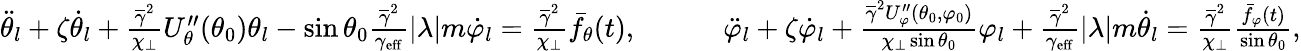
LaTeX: \begin{array}{r}{\ddot{\theta}_{l}+\zeta\dot{\theta}_{l}+\frac{\overline{{\gamma}}^{2}}{\chi_{\perp}}U_{\theta}^{\prime\prime}(\theta_{0})\theta_{l}-\sin\theta_{0}\frac{\overline{\gamma}^{2}}{\gamma_{\mathrm{eff}}}|{\lambda}|m\dot{\varphi}_{l}=\frac{\overline{\gamma}^{2}}{\chi_{\perp}}\bar{f}_{\theta}(t),\quad\quad\quad\ddot{\varphi}_{l}+\zeta\dot{\varphi}_{l}+\frac{\overline{\gamma}^{2}U_{\varphi}^{\prime\prime}(\theta_{0},\varphi_{0})}{\chi_{\perp}\sin\theta_{0}}\varphi_{l}+\frac{\overline{{\gamma}}^{2}}{\gamma_{\mathrm{eff}}}|{\lambda}|m\dot{\theta}_{l}=\frac{\overline{\gamma}^{2}}{\chi_{\perp}}\frac{\bar{f}_{\varphi}(t)}{\sin\theta_{0}},}\end{array}